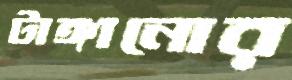
টাঙ্গানোর